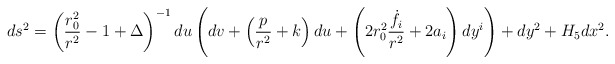
\begin{align*}ds^2 = \left( {{r_0^2} \over {r^2}} -1 + \Delta \right)^{-1}du \left( dv + \left( {p \over {r^2}} + k \right) du+ \left( 2 r_0^2 {{\dot{f}_i} \over {r^2}} + 2 a_i \right) dy^i \right)+ dy^2 + H_5 dx^2.\end{align*}